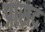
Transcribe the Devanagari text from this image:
प्रासद